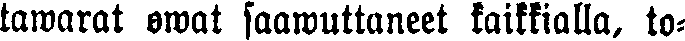
tawarat owat saawuttuneet kaikkialla, to-